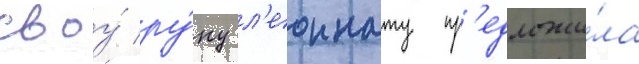
своу́ ру́ку л'еоннату пр'едложи́ла